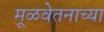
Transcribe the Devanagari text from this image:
मूळवेतनाच्या